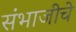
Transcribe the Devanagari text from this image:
संभाजीचे